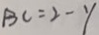
B C = 2 - y